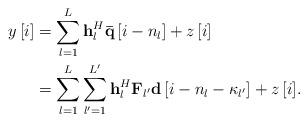
LaTeX: \begin{align*} \begin{aligned} y\left[ i \right] &= \sum\limits_{l = 1}^L {{\bf{h}}_l^H{\bf{\bar q}}\left[ {i - {n_l}} \right]} + z\left[ i \right]\\ &= \sum\limits_{l = 1}^L {\sum\limits_{{l'} = 1}^{L'} {{\bf{h}}_l^H{{\bf{{ F}}}_{l'}}{\bf{d}}\left[ {i - {n_l} - {\kappa _{l'}}} \right]} + z\left[ i \right]}. \end{aligned} \end{align*}